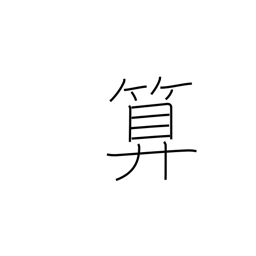
Meaning: abacus